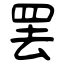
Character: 罢